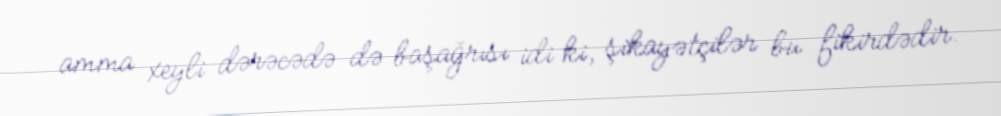
amma xeyli dərəcədə də başağrısı idi ki, şikayətçilər bu fikirdədir.